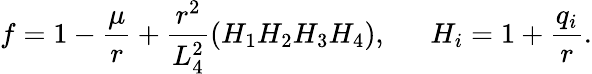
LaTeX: f=1-\frac{\mu}{r}+\frac{r^{2}}{L_{4}^{2}}(H_{1}H_{2}H_{3}H_{4}),~~~~~~H_{i}=1+\frac{q_{i}}{r}.